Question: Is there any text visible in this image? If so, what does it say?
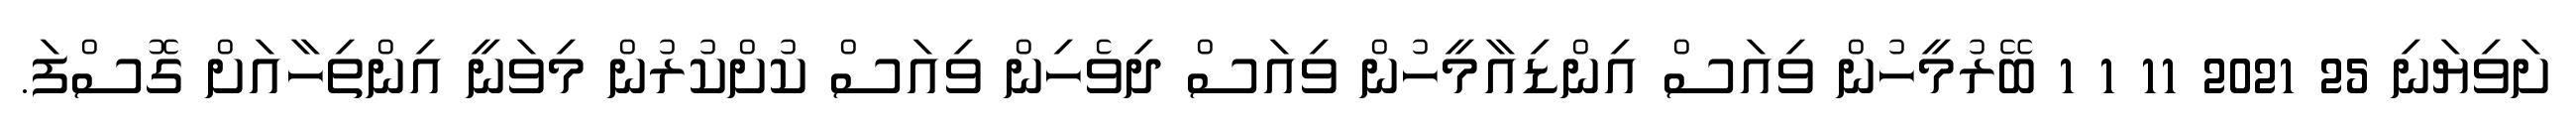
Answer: ށަވިޔަނި 25 2021 11 1 1 ބޭރުމީހުން ވިއަސް އިންޑިއާމީހުން ވިއަސް ދިވެހިން ވިއަސް ކުށްކުރުން މިވަނީ އިންތިހާއަށް ގޮސްފަ.